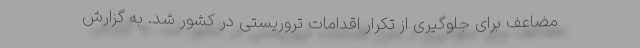
مضاعف برای جلوگیری از تکرار اقدامات تروریستی در کشور شد. به گزارش